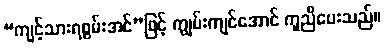
“ကျင့်သားရစွမ်းအင်”ဖြင့် ကျွမ်းကျင်အောင် ကူညီပေးသည်။